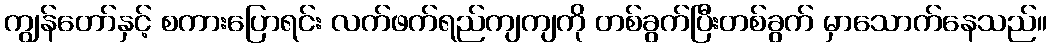
ကျွန်တော်နှင့် စကားပြောရင်း လက်ဖက်ရည်ကျကျကို တစ်ခွက်ပြီးတစ်ခွက် မှာသောက်နေသည်။